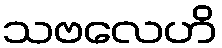
သဗလေဟိ